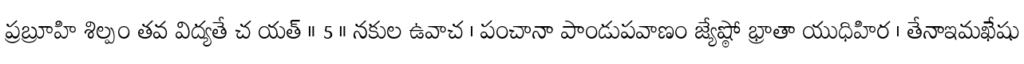
ప్రబ్రూహి శిల్పం తవ విద్యతే చ యత్ ॥ 5 ॥ నకుల ఉవాచ । పంచానా పాండుపవాణం జ్యేష్ఠో భ్రాతా యుధిహిర । తేనాఇమఖేషు